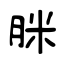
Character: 脒